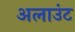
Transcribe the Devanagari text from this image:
अलाउंट